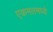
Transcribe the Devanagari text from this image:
एकमतमध्ये